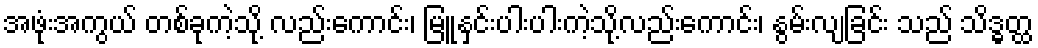
အဖုံးအကွယ် တစ်ခုကဲ့သို့ လည်းကောင်း၊ မြူနှင်းပါးပါးကဲ့သို့လည်းကောင်း၊ နွမ်းလျခြင်း သည် သိဒ္ဓတ္ထ